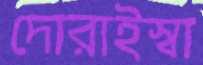
দোরাইস্বা